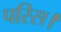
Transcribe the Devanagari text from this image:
परिस।